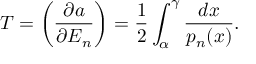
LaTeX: T = \left( \frac { \partial a } { \partial E _ { n } } \right) = \frac { 1 } { 2 } \int _ { \alpha } ^ { \gamma } \frac { d x } { p _ { n } ( x ) } .